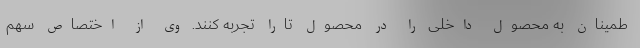
طمینان به محصول داخلی را در محصول تارا تجربه کنند. وی از اختصاص سهم